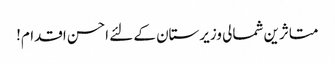
متاثرین شمالی وزیرستان کے لئے احسن اقدام!